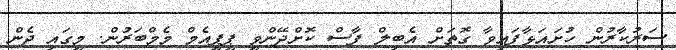
ސަރުކާރުން ހުށައަޅާފައިވާ ގޮތަށް އެބިލް ފާސް ކޮށްދޭންވީ ޕީޕީއެމް މެމްބަރުން. މީގައި ދެން